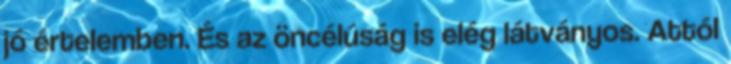
jó értelemben. És az öncélúság is elég látványos. Attól